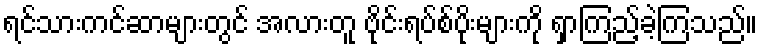
ရင်သားကင်ဆာများတွင် အလားတူ ဗိုင်းရပ်စ်ပိုးများကို ရှာကြည့်ခဲ့ကြသည်။